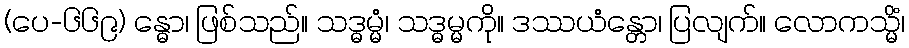
(ပေ-၆၆၉) န္ဓော၊ ဖြစ်သည်။ သဒ္ဓမ္မံ၊ သဒ္ဓမ္မကို။ ဒဿယံန္တော၊ ပြလျက်။ လောကသ္မိံ၊